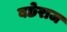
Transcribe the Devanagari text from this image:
बछेराज